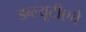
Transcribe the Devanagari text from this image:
डब्ल्यूटीएचे